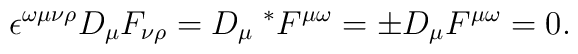
\epsilon ^{\omega \mu \nu \rho }D_{\mu }F_{\nu \rho }=D_{\mu }\;^{*}F^{\mu\omega }=\pm D_{\mu }F^{\mu \omega }=0.